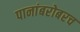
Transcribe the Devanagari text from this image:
पानांबरोबरच